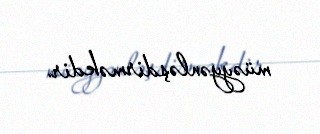
müəyyənləşdirməkdir.